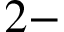
2 -